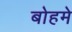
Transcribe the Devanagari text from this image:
बोहमे